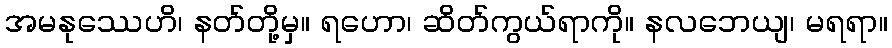
အမနုဿေဟိ၊ နတ်တို့မှ။ ရဟော၊ ဆိတ်ကွယ်ရာကို။ နလဘေယျ၊ မရရာ။